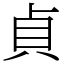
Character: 貞